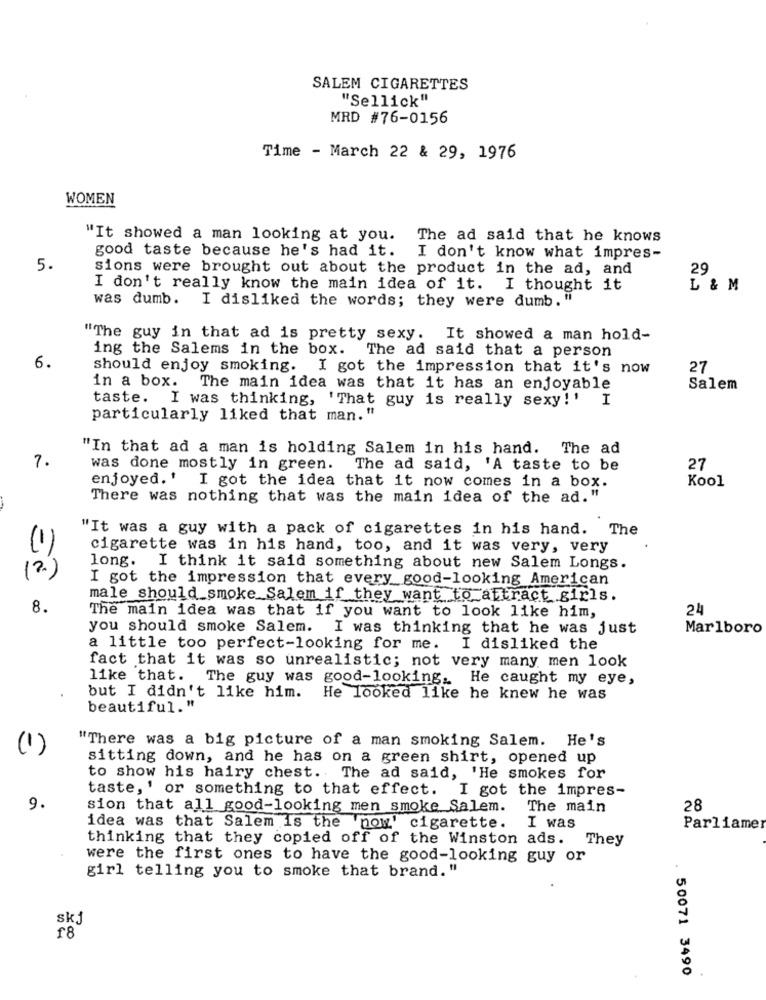
SALEM CIGARETTES
"Sellick"
MRD #76-0156
Time - March 22 & 29, 1976
WOMEN
"It showed a man looking at you. The ad said that he knows
good taste because he's had it. I don't know what impres-
5.
sions were brought out about the product in the ad, and
29
I don't really know the main idea of it. I thought it
L & M
was dumb. I disliked the words; they were dumb. "
"The guy in that ad is pretty sexy. It showed a man hold-
ing the Salems in the box. The ad said that a person
6.
should enjoy smoking. I got the impression that it's now
27
in a box.
The main idea was that it has an enjoyable
Salem
taste. I was thinking,
' That guy is really sexy ! '
I
particularly liked that man."
"In that ad a man is holding Salem in his hand. The ad
7.
was done mostly in green. The ad said, 'A taste to be
27
Kool
enjoyed.' I got the idea that it now comes in a box.
There was nothing that was the main idea of the ad. "
"It was a guy with a pack of cigarettes in his hand. The
cigarette was in his hand, too, and it was very, very
(1)
(2)
long. I think it said something about new Salem Longs.
I got the impression that every good-looking American
male should smoke Salem if they want to attract girls.
8.
24
The main idea was that if you want to look like him,
you should smoke Salem. I was thinking that he was just
Marlboro
a little too perfect-looking for me. I disliked the
fact that it was so unrealistic; not very many men look
like that. The guy was good-looking, He caught my eye,
but I didn't like him.
He looked like he knew he was
beautiful."
"There was a big picture of a man smoking Salem. He's
(1)
sitting down, and he has on a green shirt, opened up
to show his hairy chest. The ad said, 'He smokes for
taste, ' or something to that effect. I got the impres-
9.
sion that all good-looking men smoke Salem.
The main
28
idea was that Salem Is the 'now' cigarette. I was
Parliame
thinking that they copied off of the Winston ads. They
were the first ones to have the good-looking guy or
girl telling you to smoke that brand. "
skj
£8
. 50071 3490